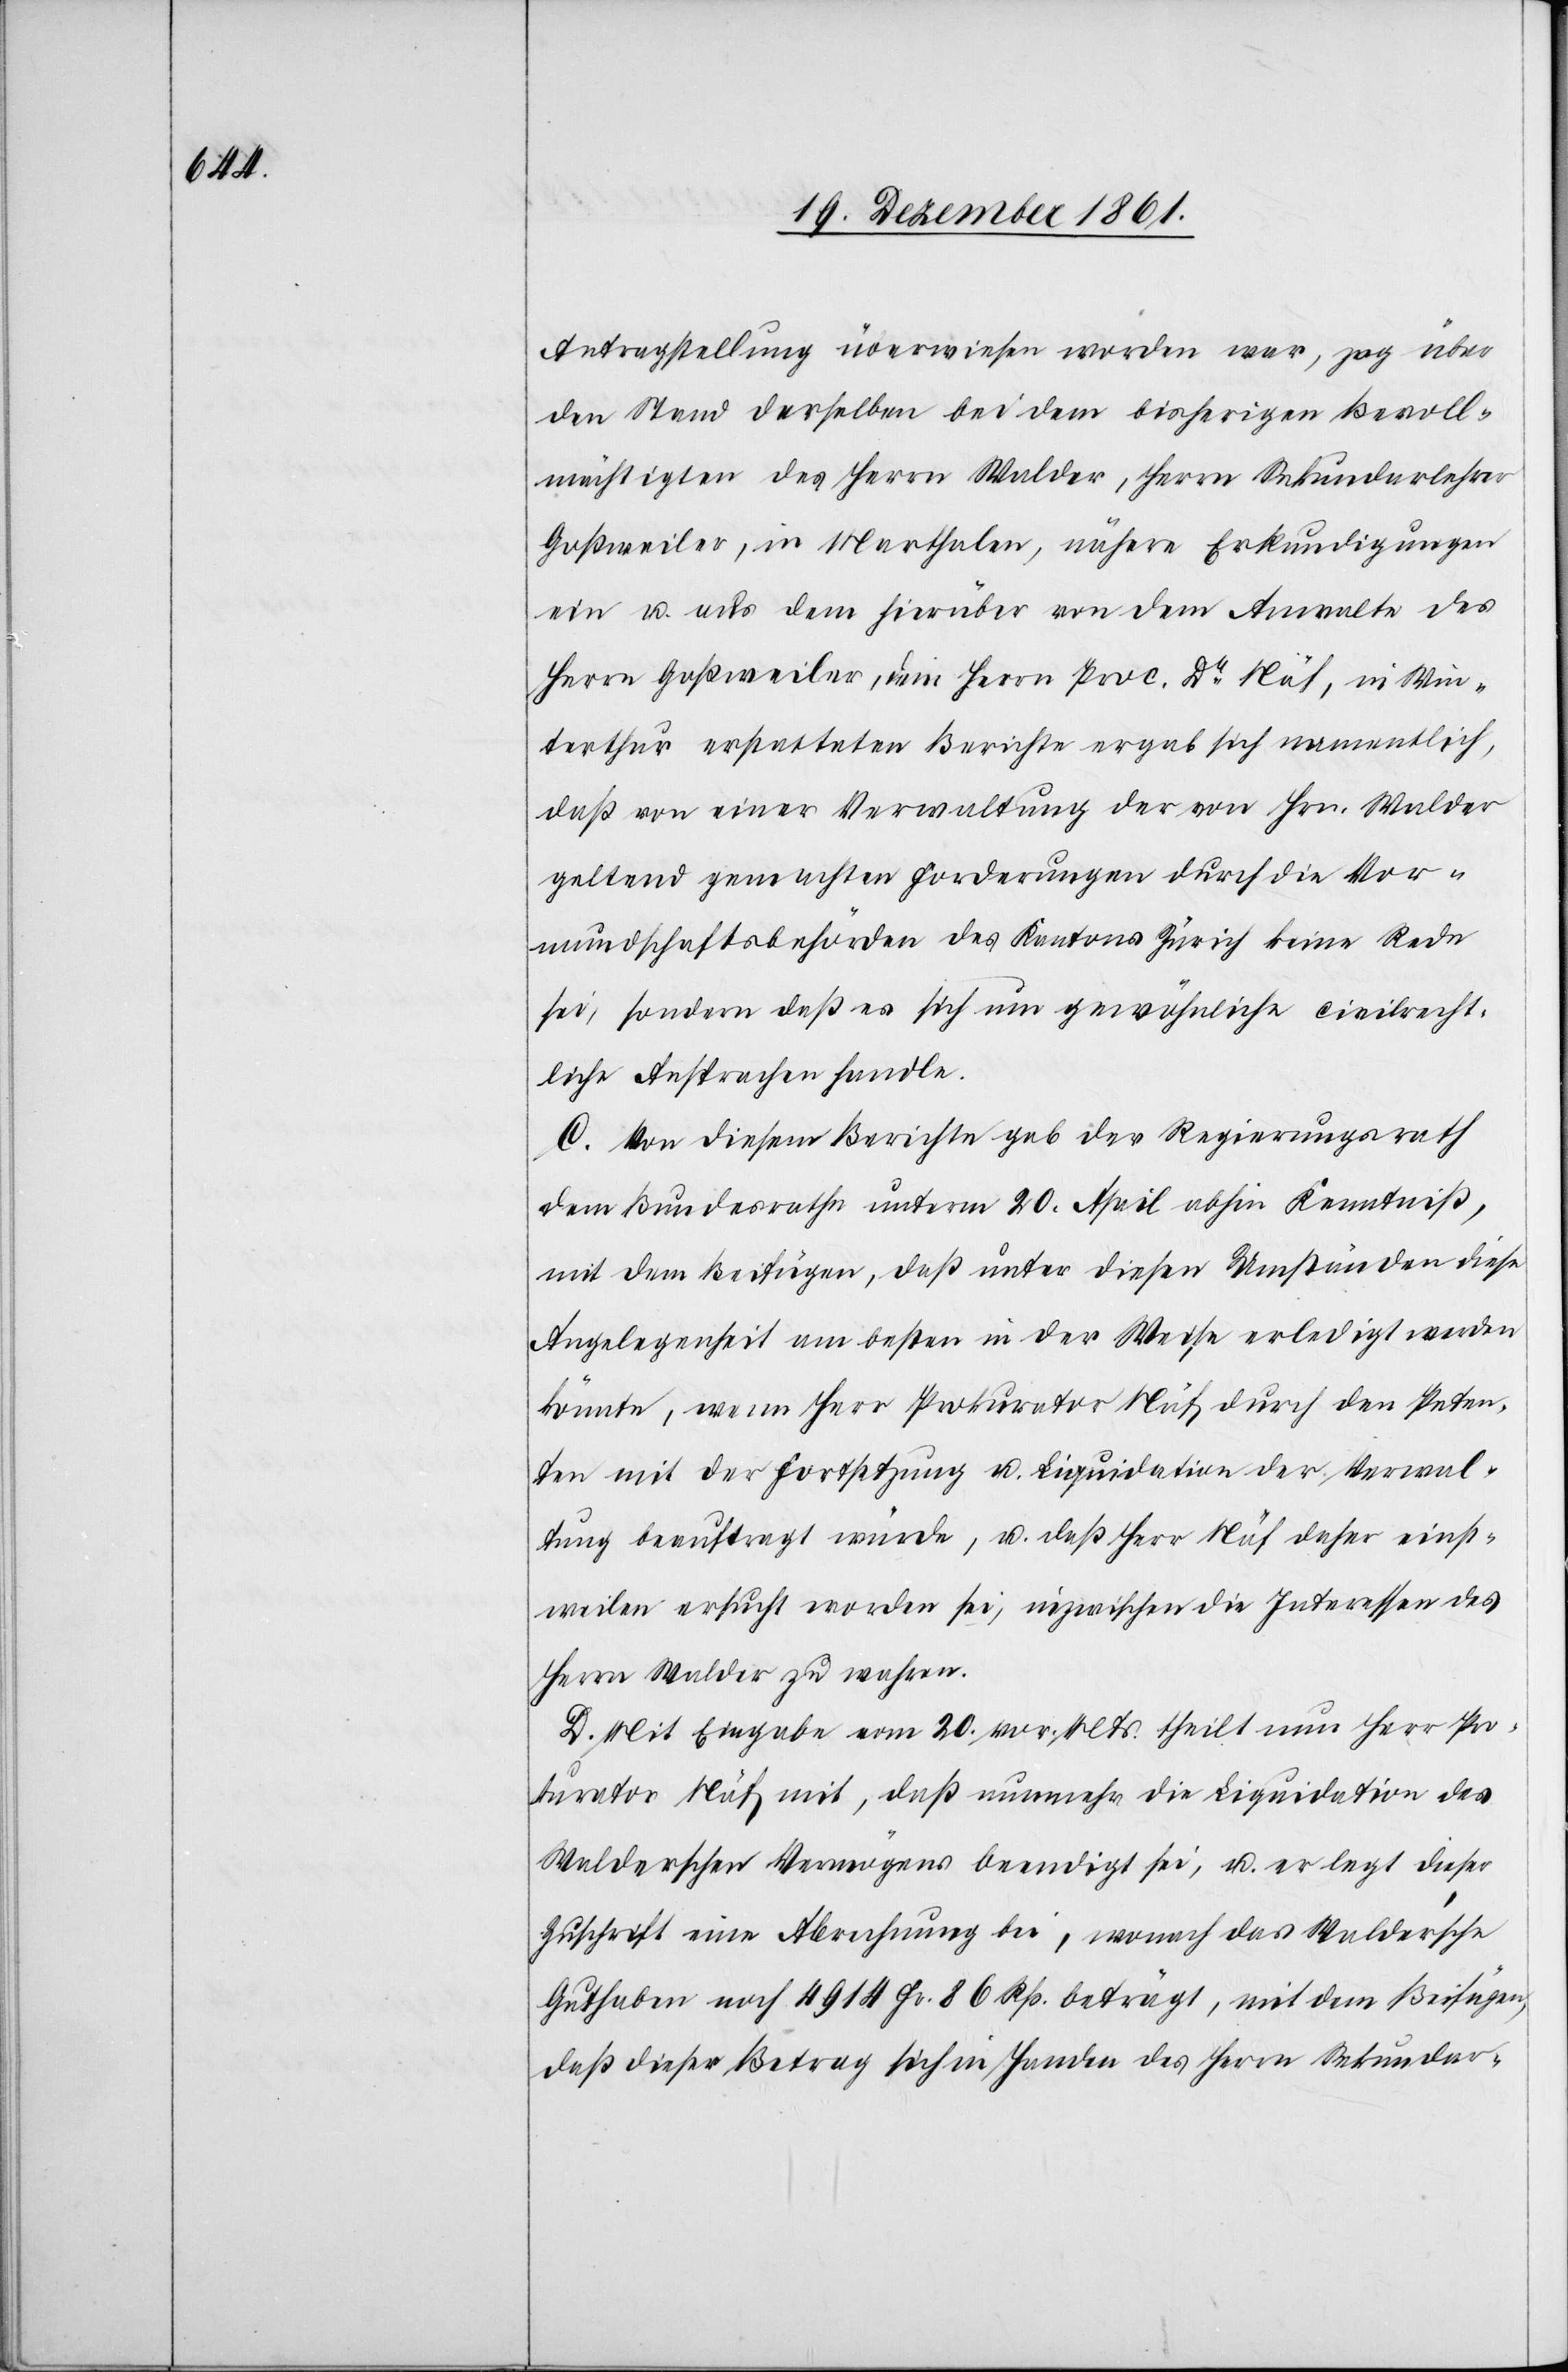
Antragstellung überwiesen worden war, zog über
den Stand derselben bei dem bisherigen Bevoll¬
mächtigten des Herrn Walder, Herrn Sekundarlehrer
Goßweiler, in Marthalen, nähere Erkundigungen
ein u. aus dem hierüber von dem Anwalte des
Herrn Goßweiler, dem Herrn Proc. Dr Näf, in Win¬
terthur erstatteten Berichte ergab sich namentlich,
daß von einer Verwaltung der von Hrn. Walder
geltend gemachten Forderungen durch die Vor¬
mundschaftsbehörden des Kantons Zürich keine Rede
sei, sondern daß es sich um gewöhnliche civilrecht¬
liche Ansprachen handle.
C. Von diesem Berichte gab der Regierungsrath
dem Bundesrathe unterm 20 April abhin Kenntniß,
mit dem Beifügen, daß unter diesen Umständen diese
Angelegenheit am besten in der Weise erledigt werden
könnte, wenn Herr Prokurator Näf durch den Peten¬
ten mit der Fortsetzung u. Liquidation der Verwal¬
tung beauftragt würde, u. daß Herr Näf daher einst¬
weilen ersucht worden sei, inzwischen die Interessen des
Herrn Walder zu wahren.
D. Mit Eingabe vom 20 vor. Mts. theilt nun Herr Pro¬
kurator Näf mit, daß nunmehr die Liquidation des
Walderschen Vermögens beendigt sei, u. er legt dieser
Zuschrift eine Abrechnung bei, wonach das Walder’sche
Guthaben noch 4914 Fr. 86 Rp. beträgt, mit dem Beifügen,
daß dieser Betrag sich in Handen des Herrn Sekundar-